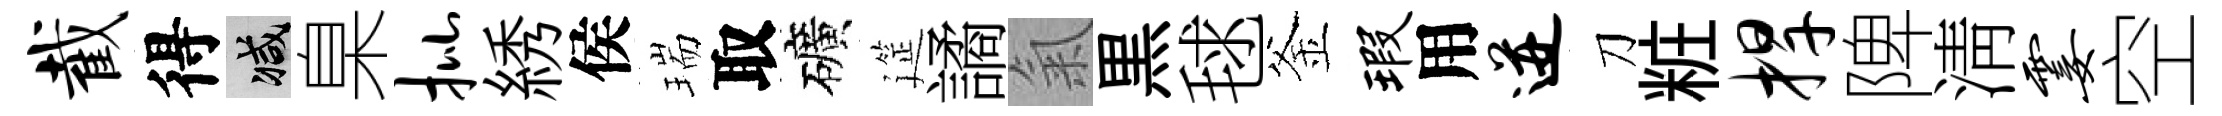
截得减臬批綉侯瑞取礦筵譎氣黒毬釜瑕用迸刀粧捍陴淸霎空